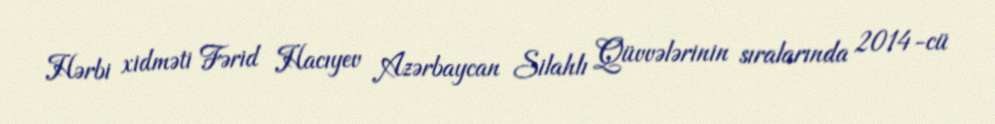
Hərbi xidməti Fərid Hacıyev Azərbaycan Silahlı Qüvvələrinin sıralarında 2014-cü